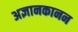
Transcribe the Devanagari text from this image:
अज्ञानकानन